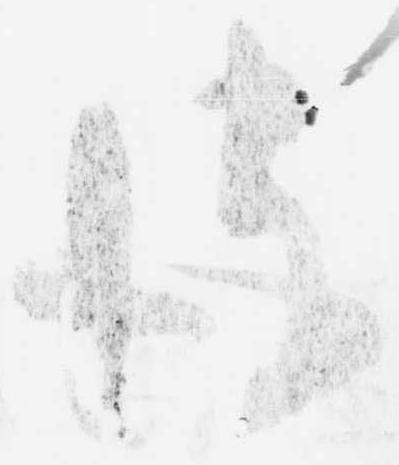
彼